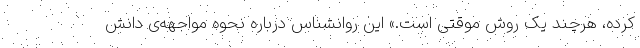
کرده، هرچند یک روش موقتی است.» این روانشناس درباره نحوه مواجهه‌ی دانش